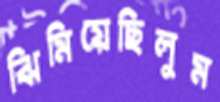
ঝিমিয়েছিলুম